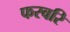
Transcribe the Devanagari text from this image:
फरवरि